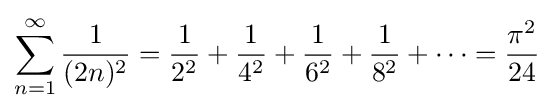
\sum _{n=1}^{\infty }{\frac {1}{(2n)^{2}}}={\frac {1}{2^{2}}}+{\frac {1}{4^{2}}}+{\frac {1}{6^{2}}}+{\frac {1}{8^{2}}}+\cdots ={\frac {\pi ^{2}}{24}}